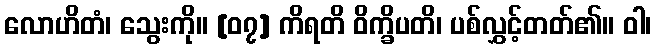
လောဟိတံ၊ သွေးကို။ [၀၇] ကိရတိ ဝိက္ခိပတိ၊ ပစ်လွှင့်တတ်၏။ ဝါ၊